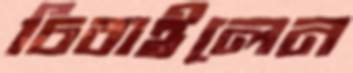
চিবাইলেন